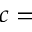
c =